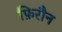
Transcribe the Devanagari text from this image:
फ़िरौन